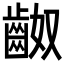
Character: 𪗵